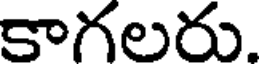
కాగలరు.